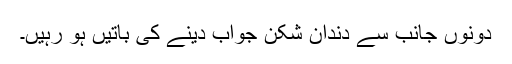
دونوں جانب سے دندان شکن جواب دینے کی باتیں ہو رہیں۔